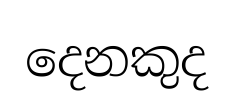
දෙනකුද